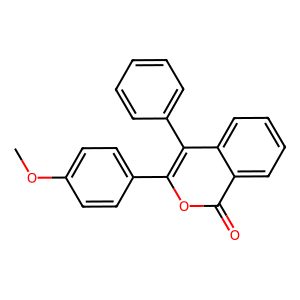
SMILES: COc1ccc(-c2oc(=O)c3ccccc3c2-c2ccccc2)cc1
Inhibits HIV replication: No